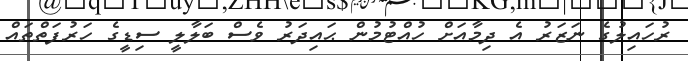
ރުހައިލުގެ ނަޒަރު އެ ދިމާއަށް ހުއްޓުމުން ޙައިދަރު ވެސް ބަލާލީ ސިޑީގެ ހަރުފަތްތައް